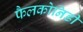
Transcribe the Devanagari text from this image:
फैलकोनिडी